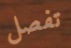
تفصل